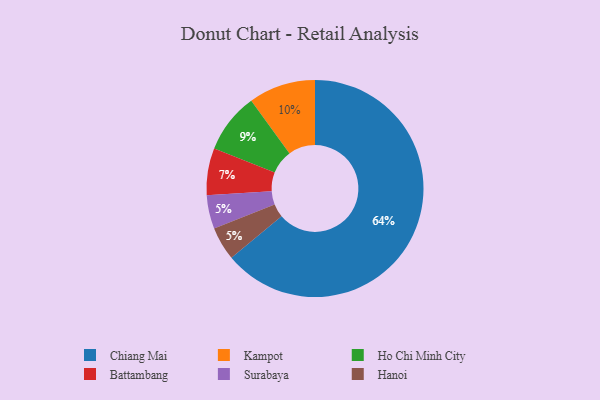
{"axis": {"x": "Category", "y": "Percentage"}, "legend": ["Battambang", "Chiang Mai", "Hanoi", "Ho Chi Minh City", "Kampot", "Surabaya"], "data": [{"x": "Ho Chi Minh City", "y": 9, "type": "Ho Chi Minh City"}, {"x": "Surabaya", "y": 5, "type": "Surabaya"}, {"x": "Hanoi", "y": 5, "type": "Hanoi"}, {"x": "Battambang", "y": 7, "type": "Battambang"}, {"x": "Chiang Mai", "y": 64, "type": "Chiang Mai"}, {"x": "Kampot", "y": 10, "type": "Kampot"}]}